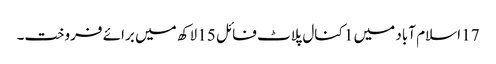
17 اسلام آباد میں 1 کنال پلاٹ فائل 15 لاکھ میں برائے فروخت۔